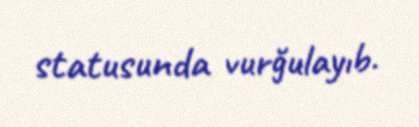
statusunda vurğulayıb.